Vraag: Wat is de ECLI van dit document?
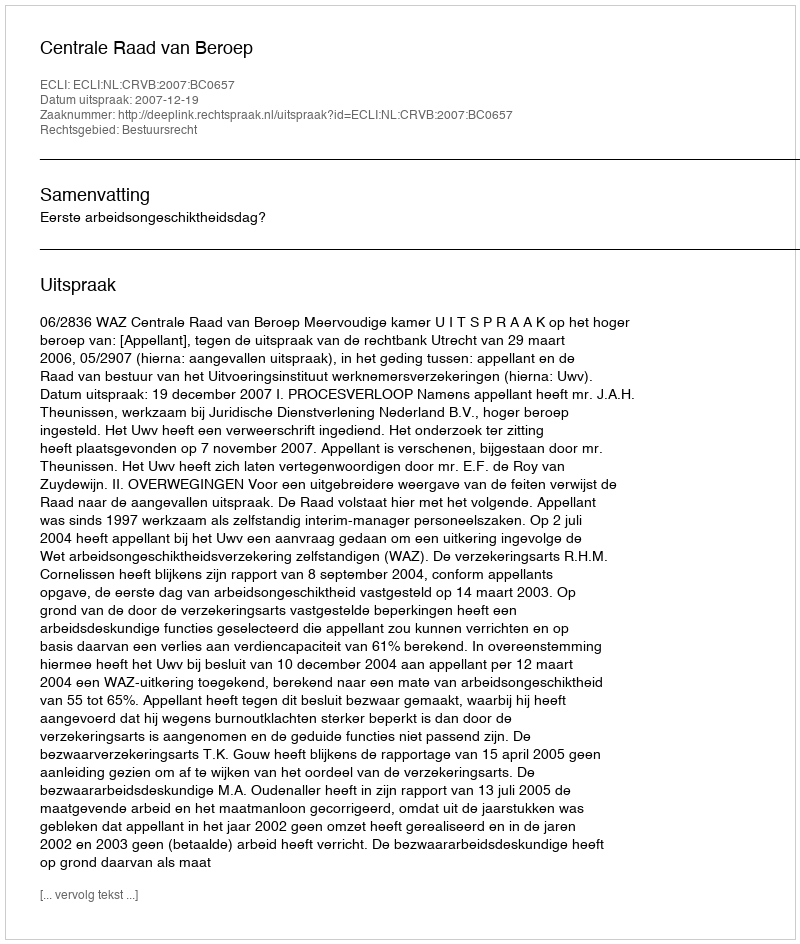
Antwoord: ECLI:NL:CRVB:2007:BC0657